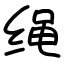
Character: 䋲